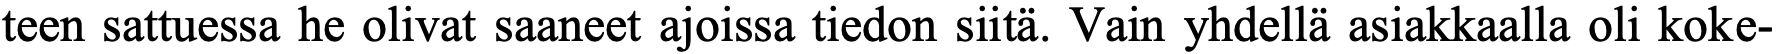
teen sattuessa he olivat saaneet ajoissa tiedon siitä. Vain yhdellä asiakkaalla oli koke-